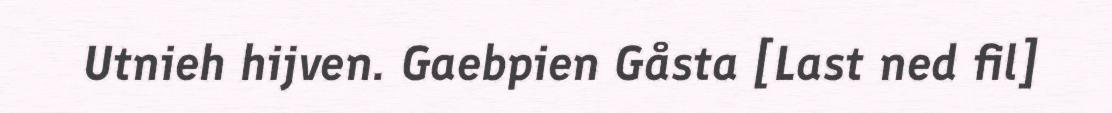
Utnieh hijven. Gaebpien Gåsta [Last ned fil]